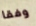
وفقا